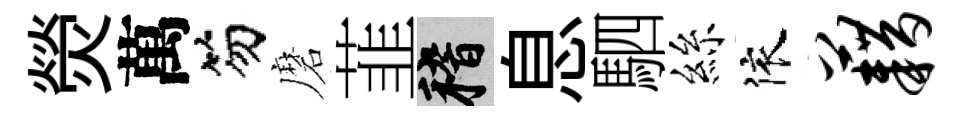
熒萬笏磨韮稽息駟絲依藉